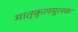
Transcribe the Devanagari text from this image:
मातृकुलमूलक